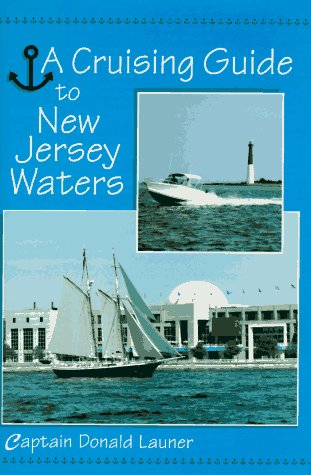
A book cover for Cruising Guide To N J Waters; Donald Launer; Travel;